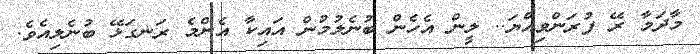
މާދަމާ ރޭ ފުރަންވިއްޔަ.. ލީން އެހެން ބުނެލުމުން އައިކާ އެންމެ ރަނގަޅޭ ބުނެލިއެވެ.